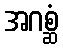
အဂစ္ဆံ